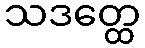
သဒတ္ထေ